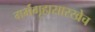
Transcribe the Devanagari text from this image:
गर्भगृहासारखेच